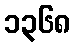
၁၃၆၈